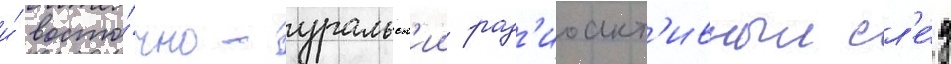
и́ восто́чно-уральск'ии рад'иоакт'ивныи сл'е́д